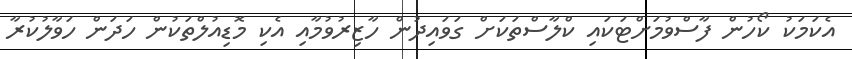
އެކަމަކު ކޯހުން ފާސްވުމަށްޓަކައި ކްލާސްތަކަށް ގަވައިދުން ހާޒިރުވުމާއި އެކި މޮޑިއުލްތަކުން ހަދަން ހަވާލުކުރާ